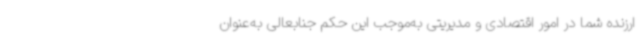
ارزنده شما در امور اقتصادی و مدیریتی به‌موجب این حکم جنابعالی به‌عنوان